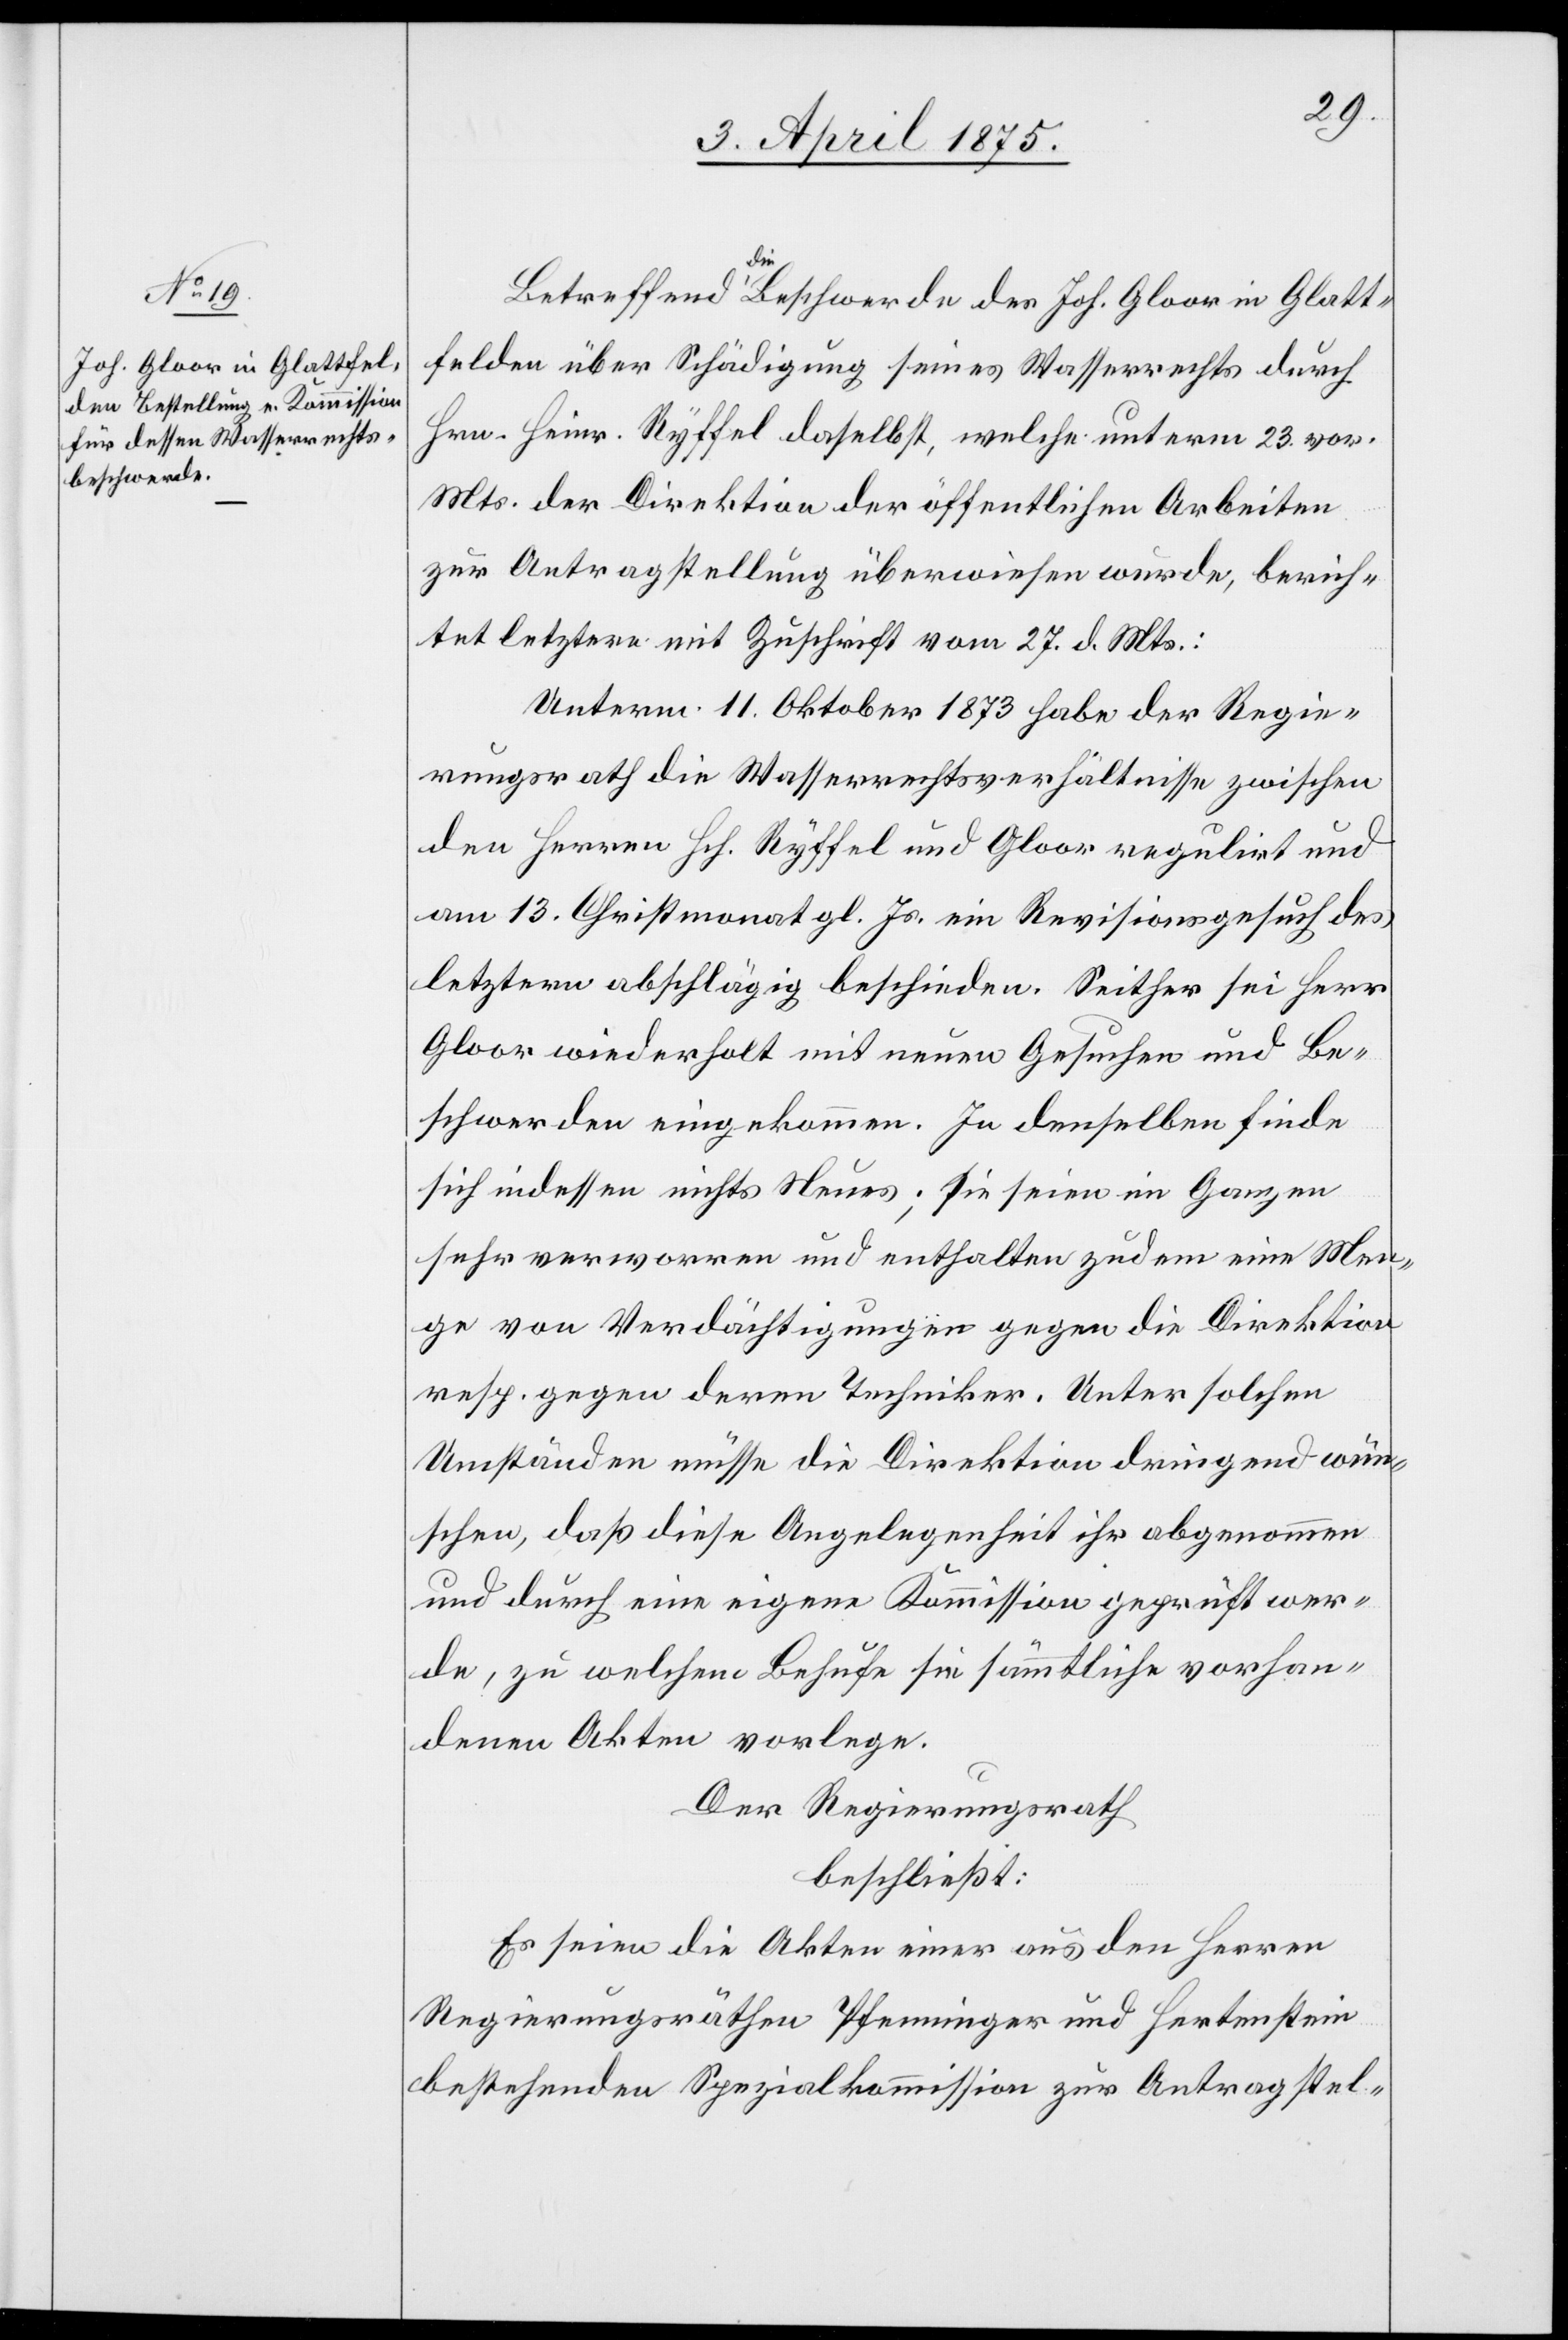
Betreffend die Beschwerde des Joh. Gloor in Glatt¬
felden über Schädigung seines Wasserrechts durch
Hrn. Heinr. Ryffel daselbst, welche unterm 23. vor.
Mts. der Direktion der öffentlichen Arbeiten
zur Antragstellung überwiesen wurde, berich¬
tet letztere mit Zuschrift vom 27. d. Mts.:
Unterm 11. Oktober 1873 habe der Regie¬
rungsrath die Wasserrechtsverhältnisse zwischen
den Herren Hrh. Ryffel und Gloor regulirt und
am 13. Christmonat gl. Js. ein Revisionsgesuch des
letztern abschlägig beschieden. Seither sei Herr
Gloor wiederholt mit neuen Gesuchen und Be¬
schwerden eingekommen. In denselben finde
sich indessen nichts Neues; sie seien im Ganzen
sehr verworren und enthalten zudem eine Men¬
ge von Verdächtigungen gegen die Direktion
resp. gegen deren Techniker. Unter solchen
Umständen müsse die Direktion dringend wün¬
schen, daß diese Angelegenheit ihr abgenommen
und durch eine eigene Kommission geprüft wer¬
de, zu welchem Behufe sie sämmtliche vorhan¬
denen Akten vorlege.
Der Regierungsrath
beschließt:
Es seien die Akten einer aus den Herren
Regierungsräthen Pfenninger und Hertenstein
bestehenden Spezialkommission zur Antragstel-